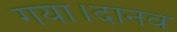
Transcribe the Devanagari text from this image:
गया।दानव